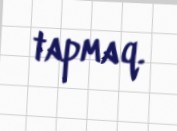
tapmaq.